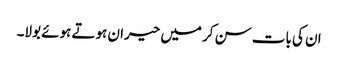
ان کی بات سن کر میں حیران ہوتے ہوئے بولا۔